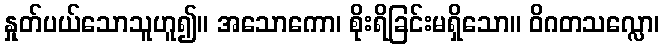
နှုတ်ပယ်သောသူဟူ၍။ အသောကော၊ စိုးရိခြင်းမရှိသော။ ဝိဂတသလ္လော၊